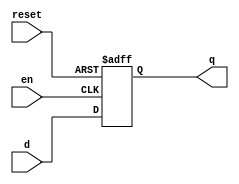
module D_FFen (q, d, en, reset);
	
	output q;
	input d, en, reset;
	reg q; // Indicate that q is stateholding
	
	always @(posedge en or posedge reset)
	if (reset)
		q = 0; // On reset, set to 0
	else
		q = d; // Otherwise out = d

endmodule